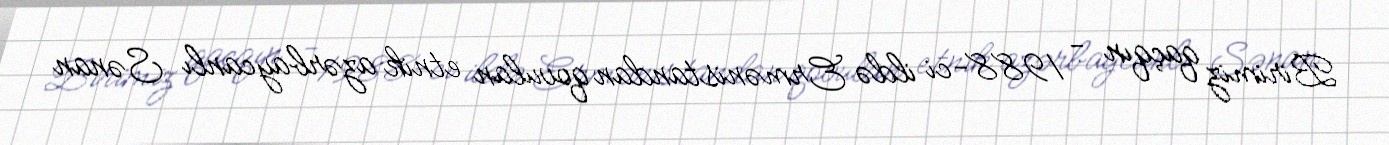
Birimiz qaçqın - 1988-ci ildə Ermənistandan qovulan etnik azərbaycanlı Sənan